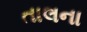
તાલના